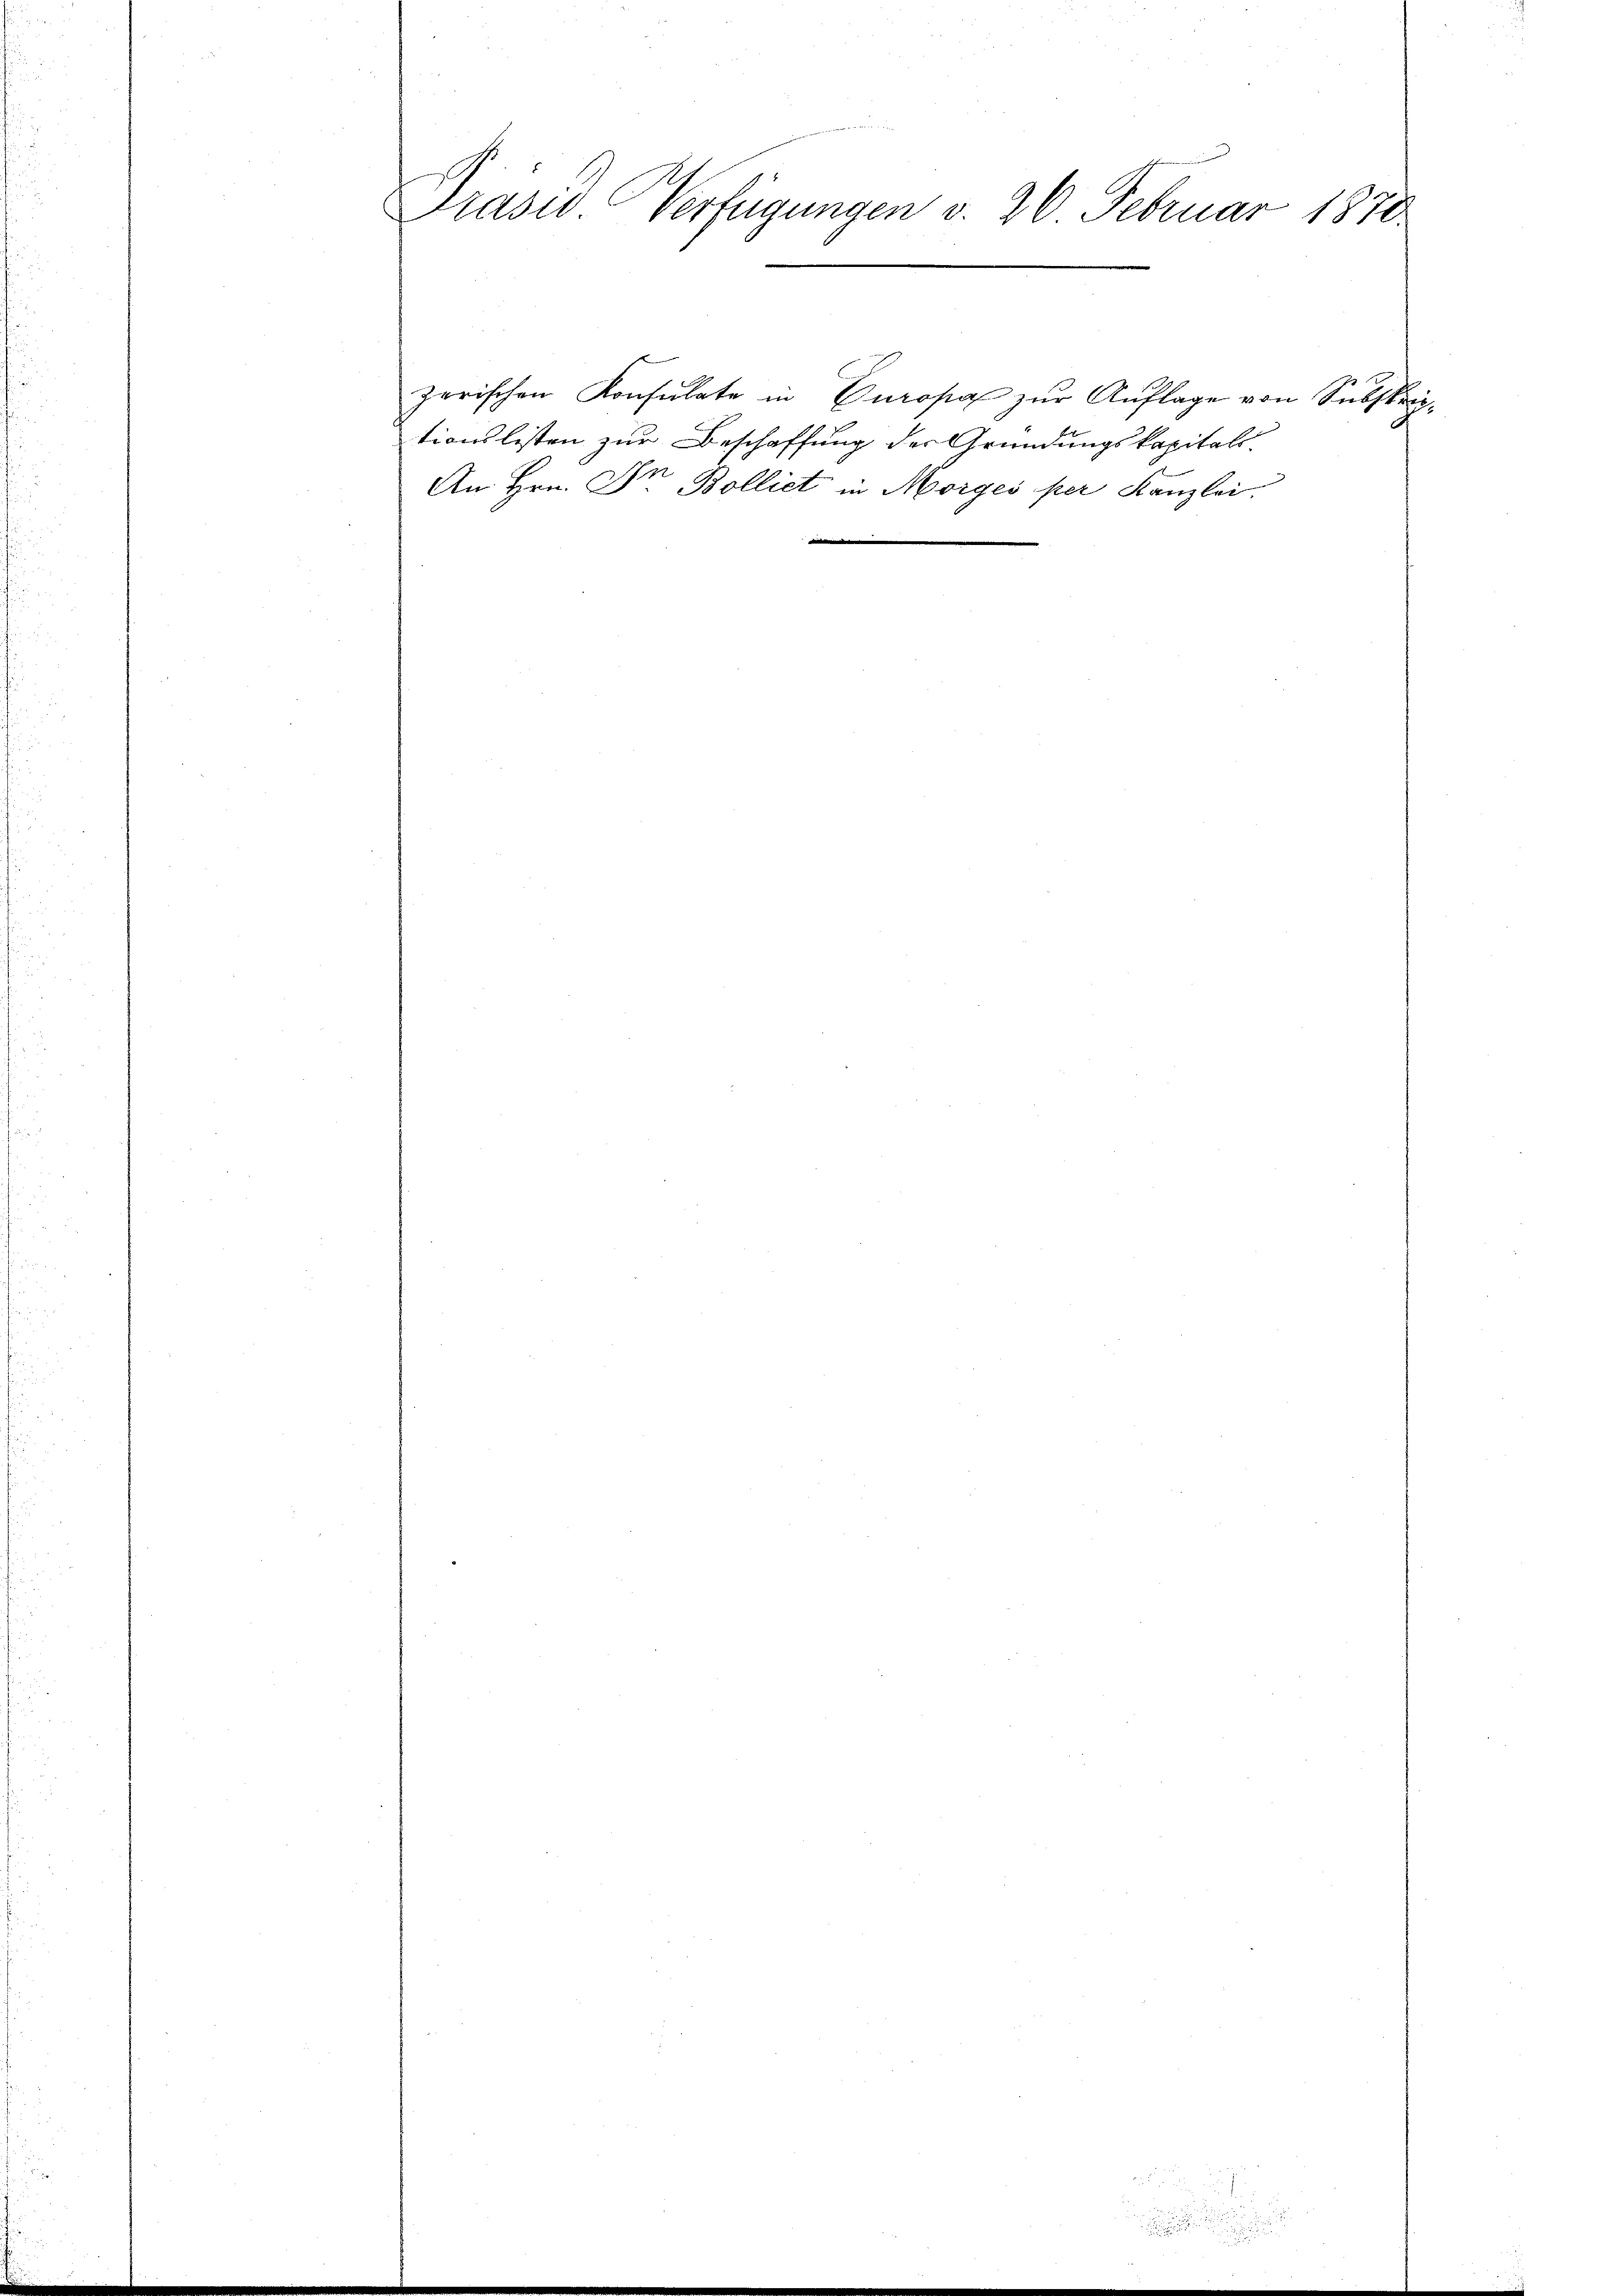
Prasio Verfügungen v. 26 Februar 1878

zerischen Konsulate in Europa zur Auflage von Subskriptionslisten zur Beschaffung der Gründungskapitals.
An Hrn. Dr Bolliet in Morges per Kanzlei.